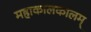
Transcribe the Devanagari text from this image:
महाकालकालम्